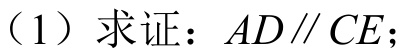
（1）求证：\(AD\parallel CE\)；